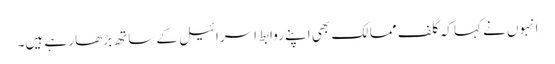
انہوں نے کہا کہ گلف ممالک بھی اپنے روابط اسرائیل کے ساتھ بڑھا رہے ہیں۔